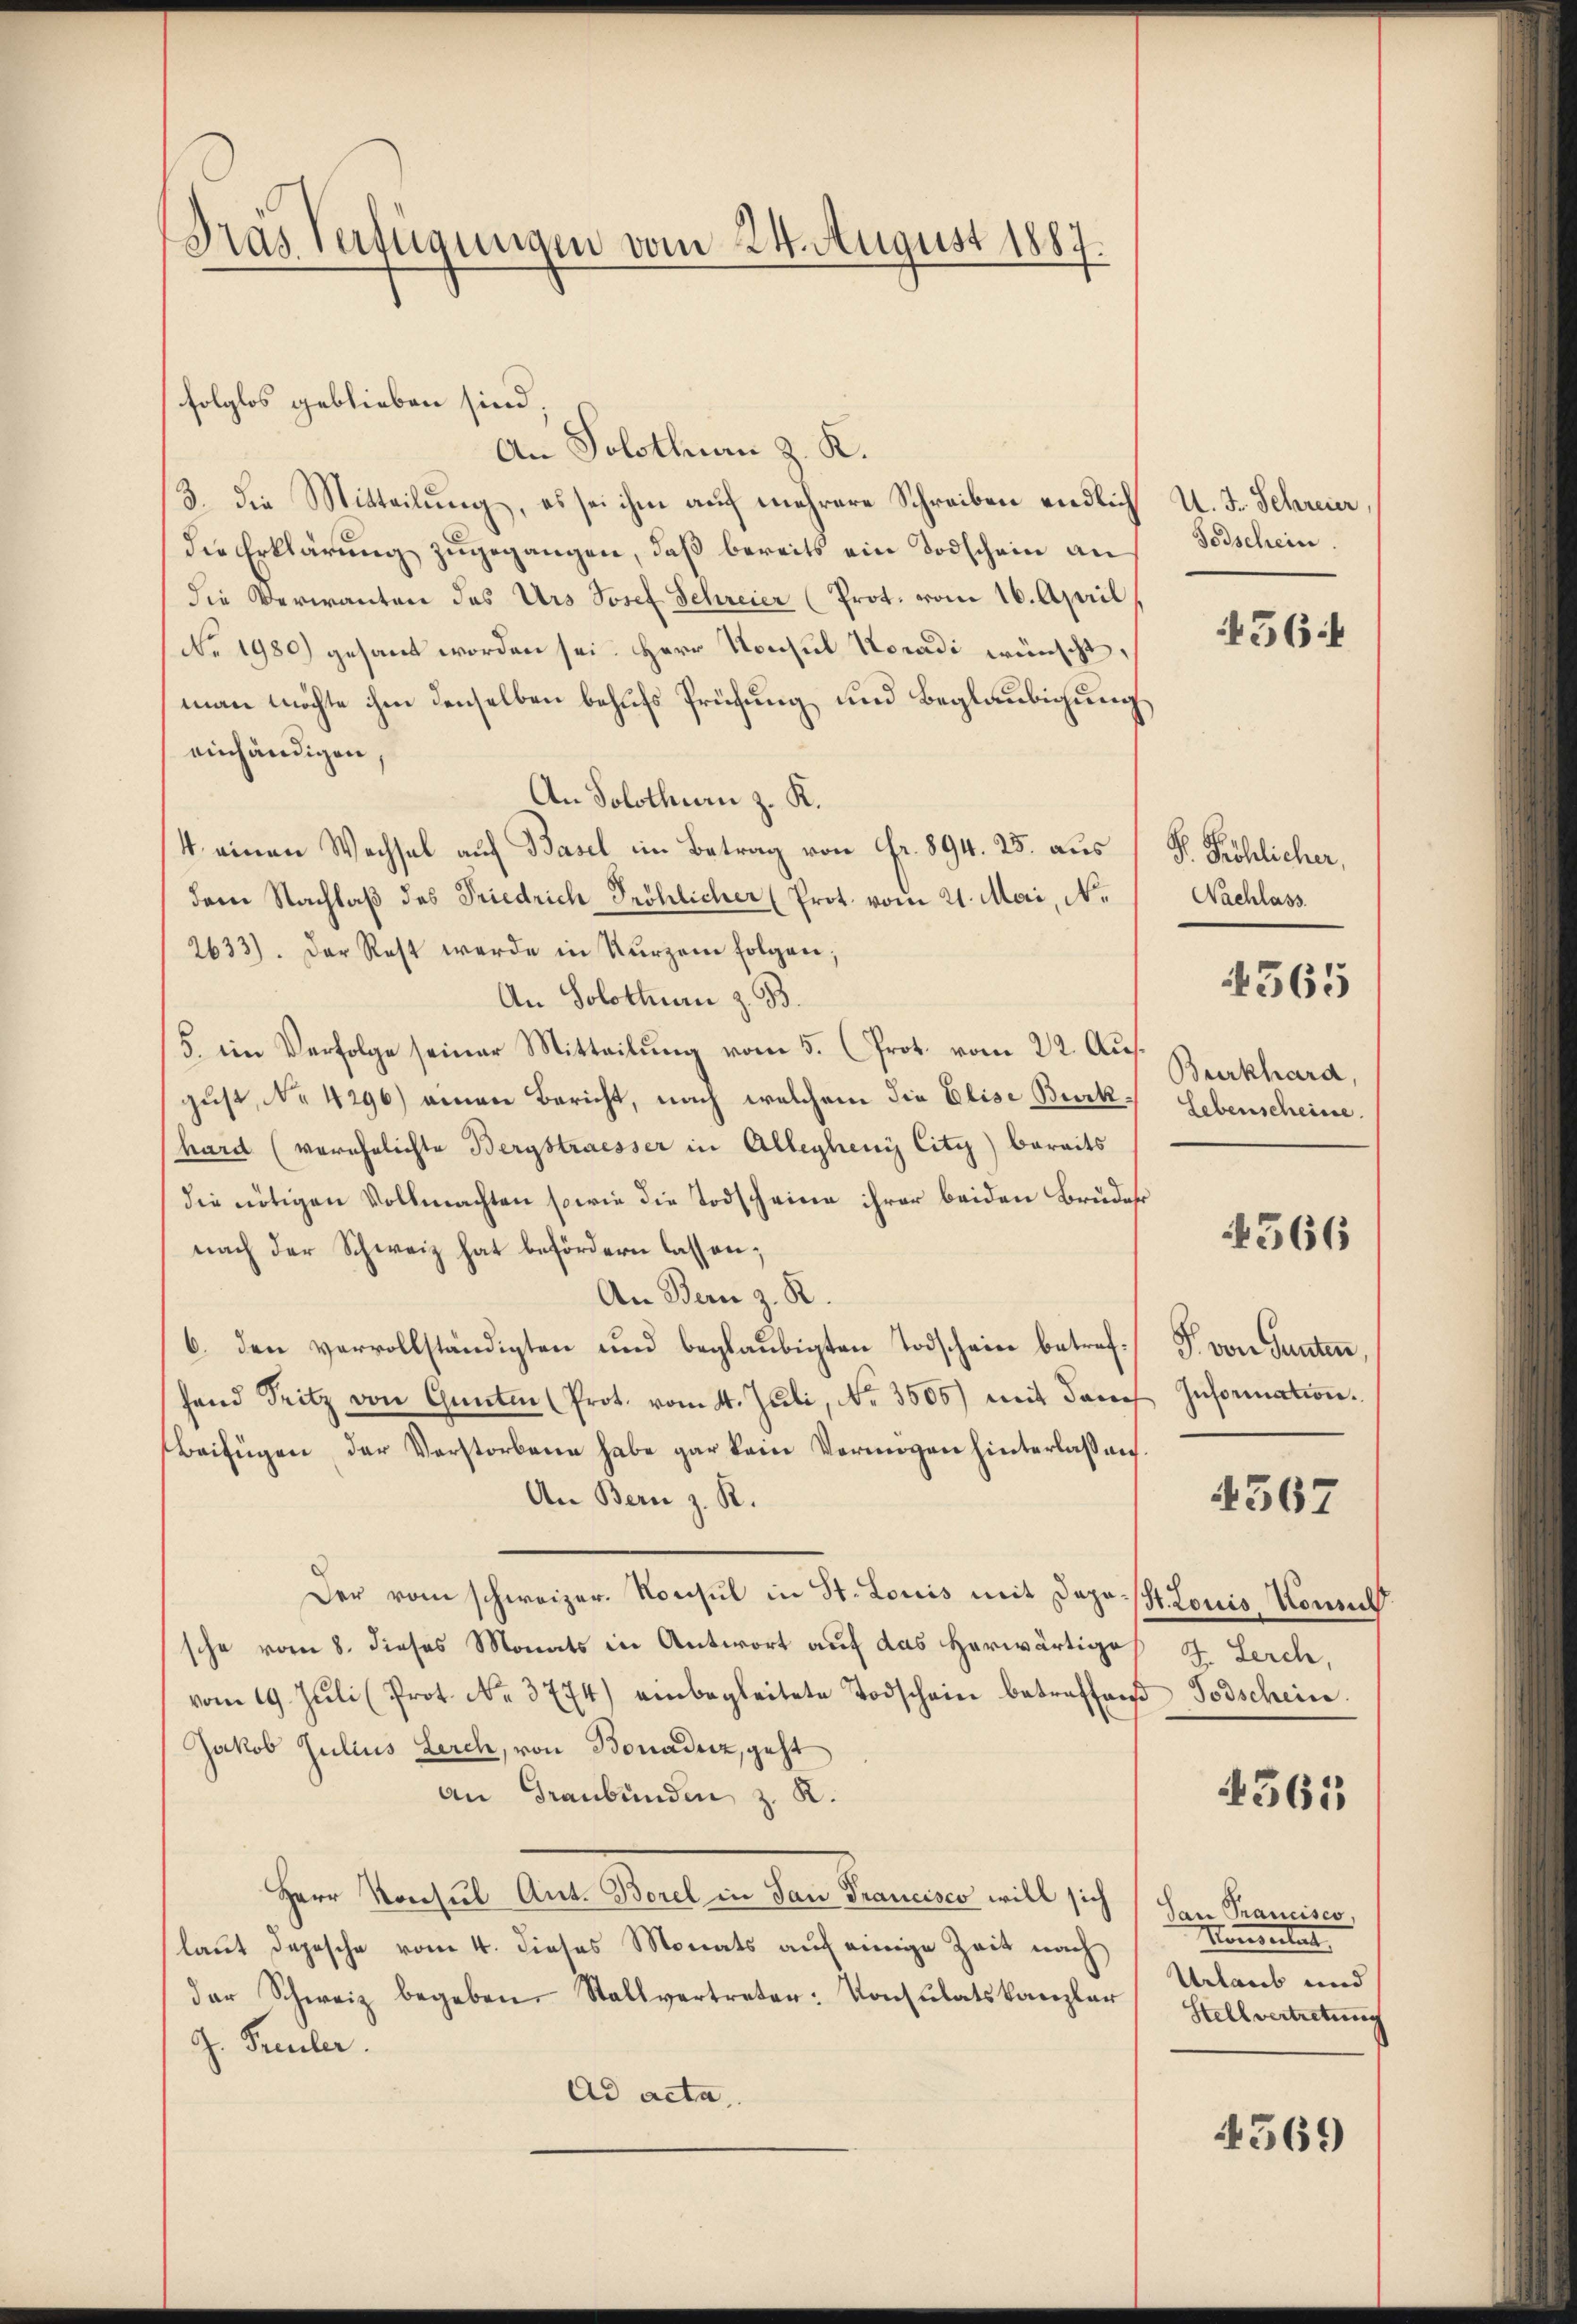
Dras Verfügungen vom 24. August 1887.

folglos geblieben sind.
An Solothurn z. K.
3. die Mitteilung, es sei ihm auf mehrere Schreiben endlich U. J. Schreier,
die Erklärung zugegangen, daß bereits ein Todschein an
die Verwanten des Urs Josef Schreier (Prot. vom 16. April
No. 1980) gesant worden sei. Herr Konsul Koradi wünscht
man möchte ihm denselben behufs Prüfung und Beglaubigung
einhändigen,
An Solothurn z. K.
4 einen Wechsel auf Basel im Betrag von Fr. 894. 25. aus
dem Nachlaß des Friedrich Fröhlicher (Prot. vom 21. Mai, N.
2633). Der Rest werde in Kurzen folgen;
An Solothurn z. B.
5. ein Verfolge seiner Mitteilung vom 5. (Prot. vom 22. Aus
gust, No 4296) einen Bericht, nach welchem die Elise Burkhard (verehelichte Bergstrasser in Alleyheny Citz) bereits
die nötigen Vollmachten sowie die Todscheine ihrer beiden Brüder
nach der Schweiz hat befördern lassen;
An Bern z. R.
6. den vervollständigten und beglaubigten Todschaine betreffand Fritz von Gunten (Prot. vom 4. Juli, No. 3505) mit danch Information.
Beifügen der Verstorbene habe gar kein Vermögen hinterlaß auf
An Bern z. R.
Der vom schweizer. Konsul in St. Louis mit Dapo St. Louis, Komit
sche vom 8. dieses Monats in Antwort auf das Herwärtige
vom 19. Jŭli (Prot. No. 3774) einbegleitete Todschein betreffen Todschein.
Jakob Julius Lerch, von Bonaduz, geht
an Graubünden, z. R.
Herr Konsul Ant. Borel in San Francisco will sich
laut Depesche vom 4. dieses Monats auf einige Zeit nach
der Schweiz begeben Stallvertreter: Konsulatskanzler
G. Freuler.
Ad acta,

Todschein.
564

P. Fröhlicher,
Nachlass
4565
Burkhard,
Lebenscheine

566

P. von Gunten,

4567

J. Lerch,
4361

San Francisco
Konventat
Urlaub und
Stellvertretung

4569